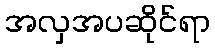
အလှအပဆိုင်ရာ